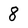
Character: 8